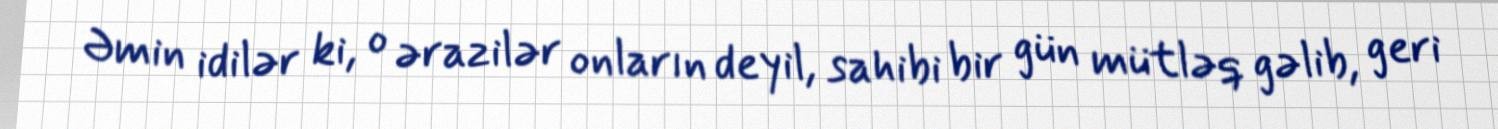
Əmin idilər ki, o ərazilər onların deyil, sahibi bir gün mütləq gəlib, geri